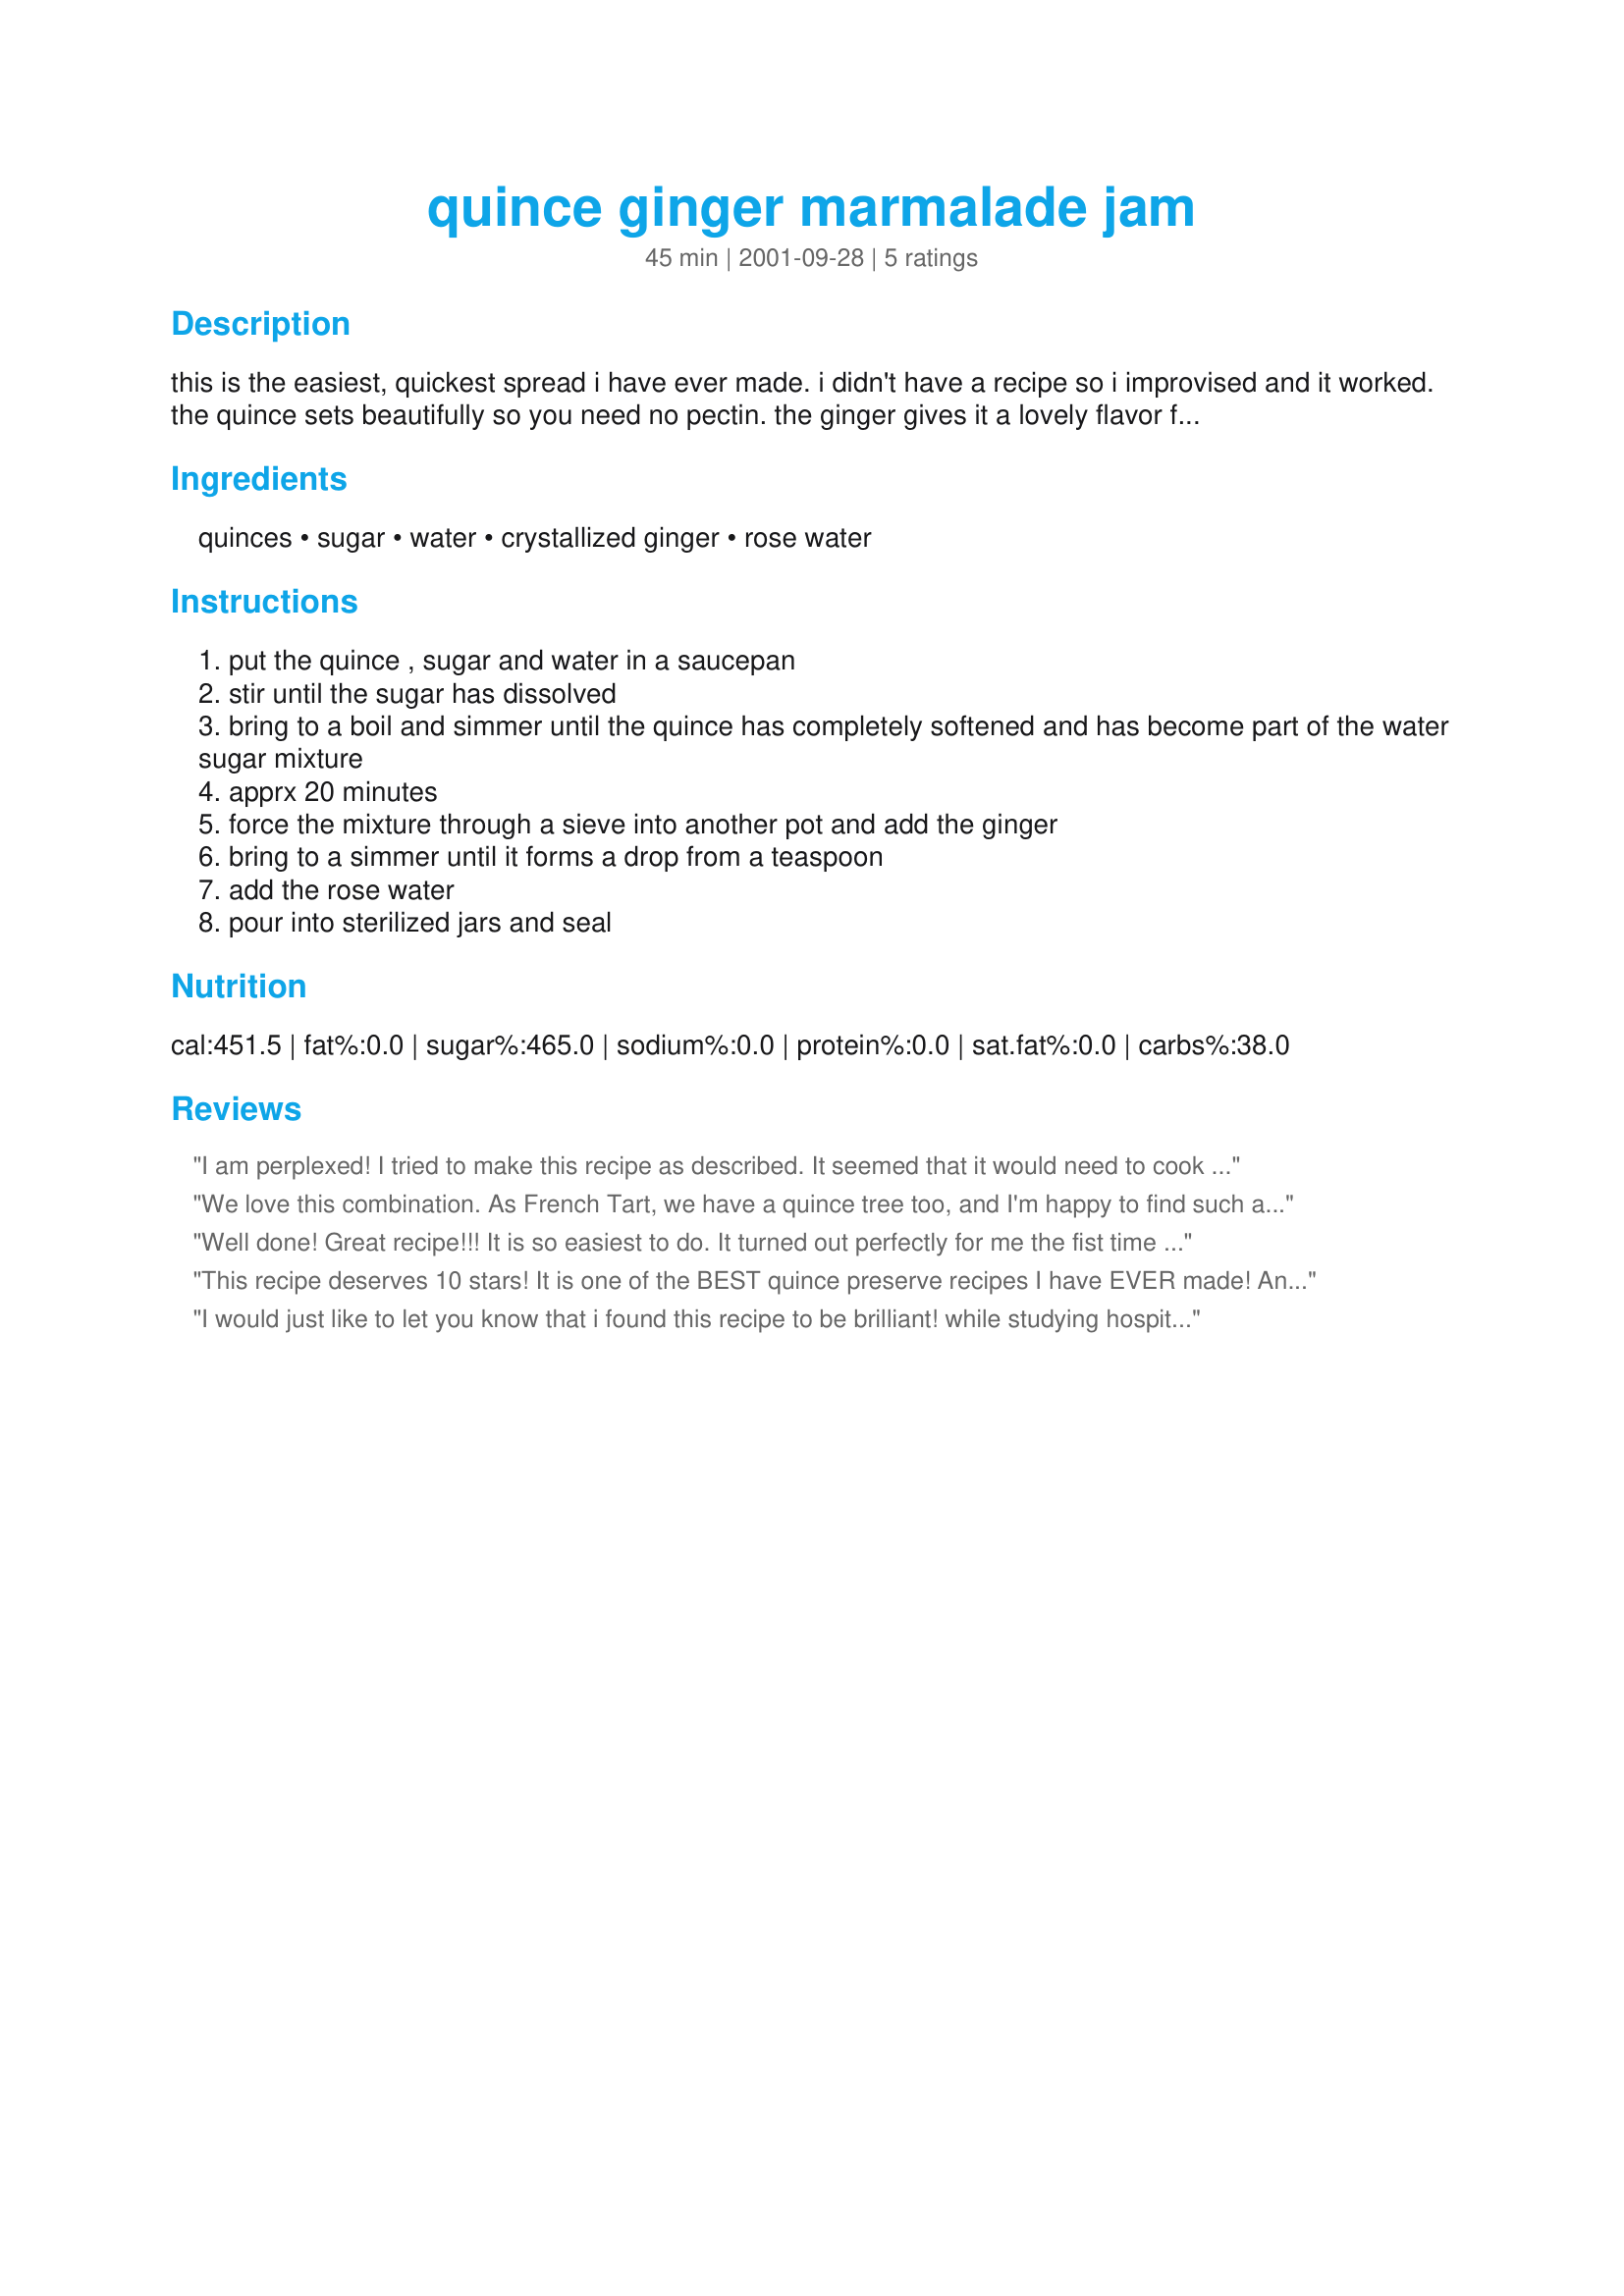
quince ginger marmalade jam
Preparation time: 45 minutes

this is the easiest, quickest spread i have ever made. i didn't have a recipe so i improvised and it worked. the quince sets beautifully so you need no pectin. the ginger gives it a lovely flavor for your wakeuo toast. this recipe can be doubled. i believe there are some quince that need longer cooking time than the ones i have. i have looked at several recipes on the internet and they say to boil for 2 hours so you will have to boil until softened

Ingredients:
quinces, sugar, water, crystallized ginger, rose water

Steps:
put the quince , sugar and water in a saucepan
stir until the sugar has dissolved
bring to a boil and simmer until the quince has completely softened and has become part of the water sugar mixture
apprx 20 minutes
force the mixture through a sieve into another pot and add the ginger
bring to a simmer until it forms a drop from a teaspoon
add the rose water
pour into sterilized jars and seal

Reviews:
I am perplexed! I tried to make this recipe as described. It seemed that it would need to cook around 20 minutes or so. After 20 minutes, my quinces were still very hard. After another TWO HOURS they weren't much softer. They never achieved that "completely softened" state that you described. Instead, after a few hours, the syrup and quinces sort of carmellized, with the quince pieces still hard. I still added the ginger, and tossed the whole kit and kaboodle into a jar for storage. After burning my finger (that carmelized stuff hurts!!), I set it aside to cool. My DH loves most marmalades, jams, and jellies. I'm curious what he will think about this. Any ideas what went wrong???
We love this combination. As French Tart, we have a quince tree too, and I'm happy to find such a delicious preserve.<br/>I did not use candied ginger (I had not at home), but I used the juice of fresh grated ginger (only grate, add some water and press out!). I left som pieces of quince in the marmelade.
Well done! Great recipe!!! It is so easiest to do. It turned out perfectly for me the fist time I did it. Grpa!
This recipe deserves 10 stars! It is one of the BEST quince preserve recipes I have EVER made! And, as I have a wonderful big quince tree and make quince preserves every year, that is saying something! I LOVED, I mean REALLY loved the additon of the ginger........but then I am a ginger fanatic!!! The process was easy and the results impressive......just look at the wonderful rosy quince colour in the photos! I could go on about this, but suffice to say this recipe is a keeper for me and my quince tree!! The boiling procedure took me 45 minutes, and the final set only took 7 minutes to reach setting point. This was tasted for the first time on some toast for breakfast, and Malcolm says "Well Done Bergy"! I have all sorts of ideas for cooking with this, and will let you know what I do with it. Made for Preserving Summer in the Photo's Forum and VERY much enjoyed! FT:-)
I would just like to let you know that i found this recipe to be brilliant! while studying hospitality in year 11 we had to produce a product to sell that did not need to be refrigerated, i chose to make jam! i only made this recipe that one time with no practice and it turned out perfectly. Everyone loved it, it was the first jam to be sold out! so well done! Great recipe!!!
